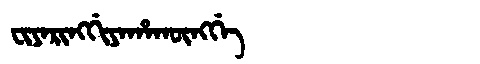
Manchu: ᠸᡳᠶᠠᡵᡳᠩᡤᡳᠶᠠᡥᠠᡴᡡᠩᡤᡝ
Romanization: FIYARINGGIYAHAKŪNGGE